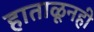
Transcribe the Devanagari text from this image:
हाताळूनही